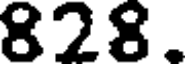
828.